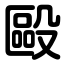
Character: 毆